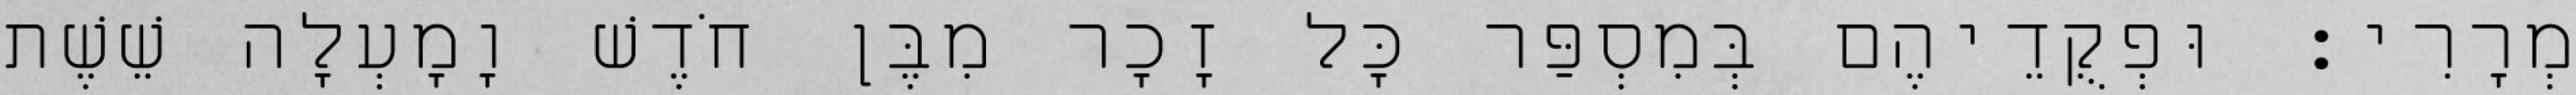
מְרָרִי׃ וּפְקֻדֵיהֶם בְּמִסְפַּר כָּל זָכָר מִבֶּן חֹדֶשׁ וָמָעְלָה שֵׁשֶׁת